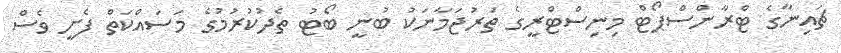
ޗައިނާގެ ޓްރާންސްޕޯޓް މިނިސްޓްރީގެ ތަރުޖަމާނަކު ބުނީ ބޯޓު ތެދުކުރުމުގެ މަސައްކަތް ފެށީ ވެސް